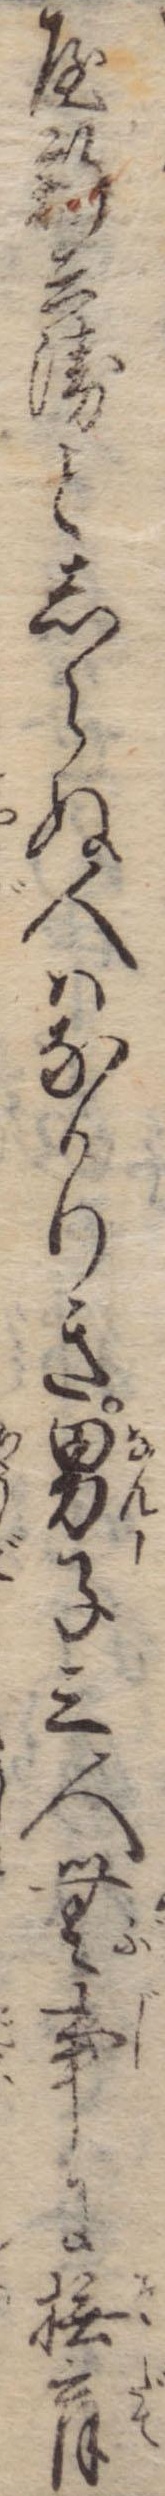
屋新兵衛としらぬ人はなかりき男子三人無事に撫育